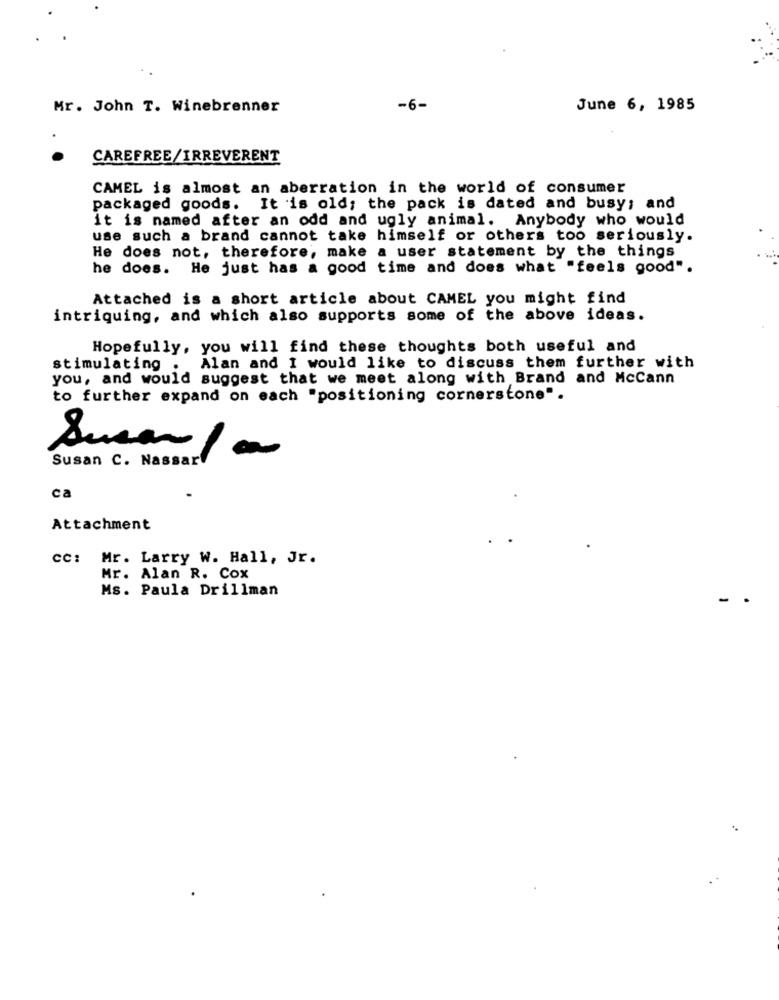
Mr. John T. Winebrenner
-6-
June 6, 1985
CAREFREE/IRREVERENT
CAMEL is almost an aberration in the world of consumer
packaged goods. It is old; the pack is dated and busy; and
it is named after an odd and ugly animal. Anybody who would
use such a brand cannot take himself or others too seriously.
He does not, therefore, make a user statement by the things
he does. He just has a good time and does what "feels good".
Attached is a short article about CAMEL you might find
intriguing, and which also supports some of the above ideas.
Hopefully, you will find these thoughts both useful and
stimulating . Alan and I would like to discuss them further with
you, and would suggest that we meet along with Brand and McCann
to further expand on each "positioning cornerstone".
Susan C. Nassart
Susan / a
ca
Attachment
CC:
Mr. Larry W. Hall, Jr.
Mr. Alan R. Cox
Ms. Paula Drillman